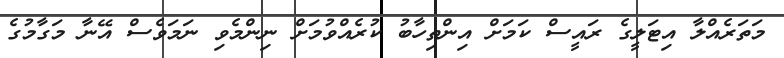
މަތަރެއްލާ އިޓަލީގެ ރައީސް ކަމަށް އިންތިހާބު ކުރެއްވުމަށް ނިންމެވި ނަމަވެސް އޭނާ މަގާމުގެ